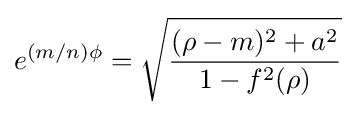
e^{(m/n)\phi }={\sqrt {\frac {(\rho -m)^{2}+a^{2}}{1-f^{2}(\rho )}}}